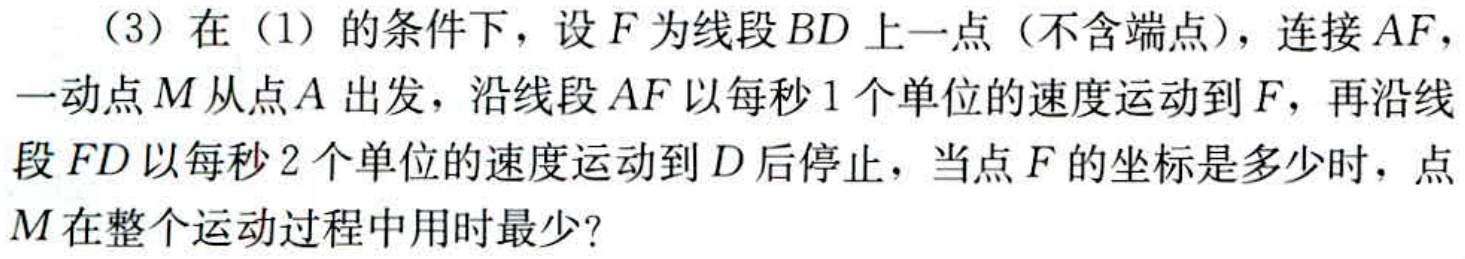
（3）在（1）的条件下，设\(F\)为线段\(BD\)上一点（不含端点），连接\(AF\)，一动点\(M\)从点\(A\)出发，沿线段\(AF\)以每秒\(1\)个单位的速度运动到\(F\)，再沿线段\(FD\)以每秒\(2\)个单位的速度运动到\(D\)后停止，当点\(F\)的坐标是多少时，点\(M\)在整个运动过程中用时最少？